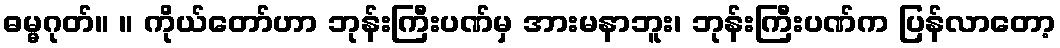
ဓမ္မဂုတ်။ ။ ကိုယ်တော်ဟာ ဘုန်းကြီးပဏ်မှ အားမနာဘူး၊ ဘုန်းကြီးပဏ်က ပြန်လာတော့